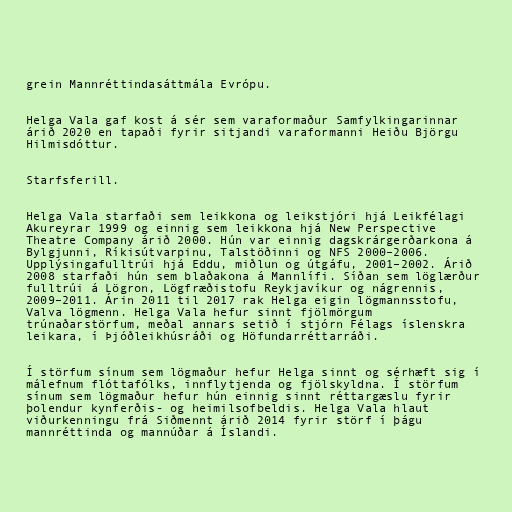
grein Mannréttindasáttmála Evrópu.

Helga Vala gaf kost á sér sem varaformaður Samfylkingarinnar
árið 2020 en tapaði fyrir sitjandi varaformanni Heiðu Björgu
Hilmisdóttur.

Starfsferill.

Helga Vala starfaði sem leikkona og leikstjóri hjá Leikfélagi
Akureyrar 1999 og einnig sem leikkona hjá New Perspective
Theatre Company árið 2000. Hún var einnig dagskrárgerðarkona á
Bylgjunni, Ríkisútvarpinu, Talstöðinni og NFS 2000–2006.
Upplýsingafulltrúi hjá Eddu, miðlun og útgáfu, 2001–2002. Árið
2008 starfaði hún sem blaðakona á Mannlífi. Síðan sem löglærður
fulltrúi á Lögron, Lögfræðistofu Reykjavíkur og nágrennis,
2009–2011. Árin 2011 til 2017 rak Helga eigin lögmannsstofu,
Valva lögmenn. Helga Vala hefur sinnt fjöl­mörg­um
trúnaðar­störf­um, meðal ann­ars setið í stjórn Fé­lags ís­lenskra
leik­ara, í Þjóðleik­hús­ráði og Höf­und­ar­rétt­ar­ráði.

Í störfum sínum sem lögmaður hefur Helga sinnt og sérhæft sig í
málefnum flóttafólks, innflytjenda og fjölskyldna. Í störfum
sínum sem lögmaður hefur hún einnig sinnt réttargæslu fyrir
þolendur kynferðis- og heimilsofbeldis. Helga Vala hlaut
viðurkenningu frá Siðmennt árið 2014 fyrir störf í þágu
mannréttinda og mannúðar á Íslandi.